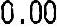
0.00